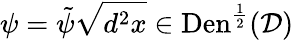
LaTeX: \psi=\tilde{\psi}\sqrt{d^{2}x}\in\mathrm{Den}^{\frac{1}{2}}(\mathcal{D})